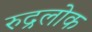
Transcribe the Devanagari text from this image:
रुद्रलोक